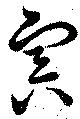
寅